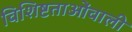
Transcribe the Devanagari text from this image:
विशिष्टताओंवाली